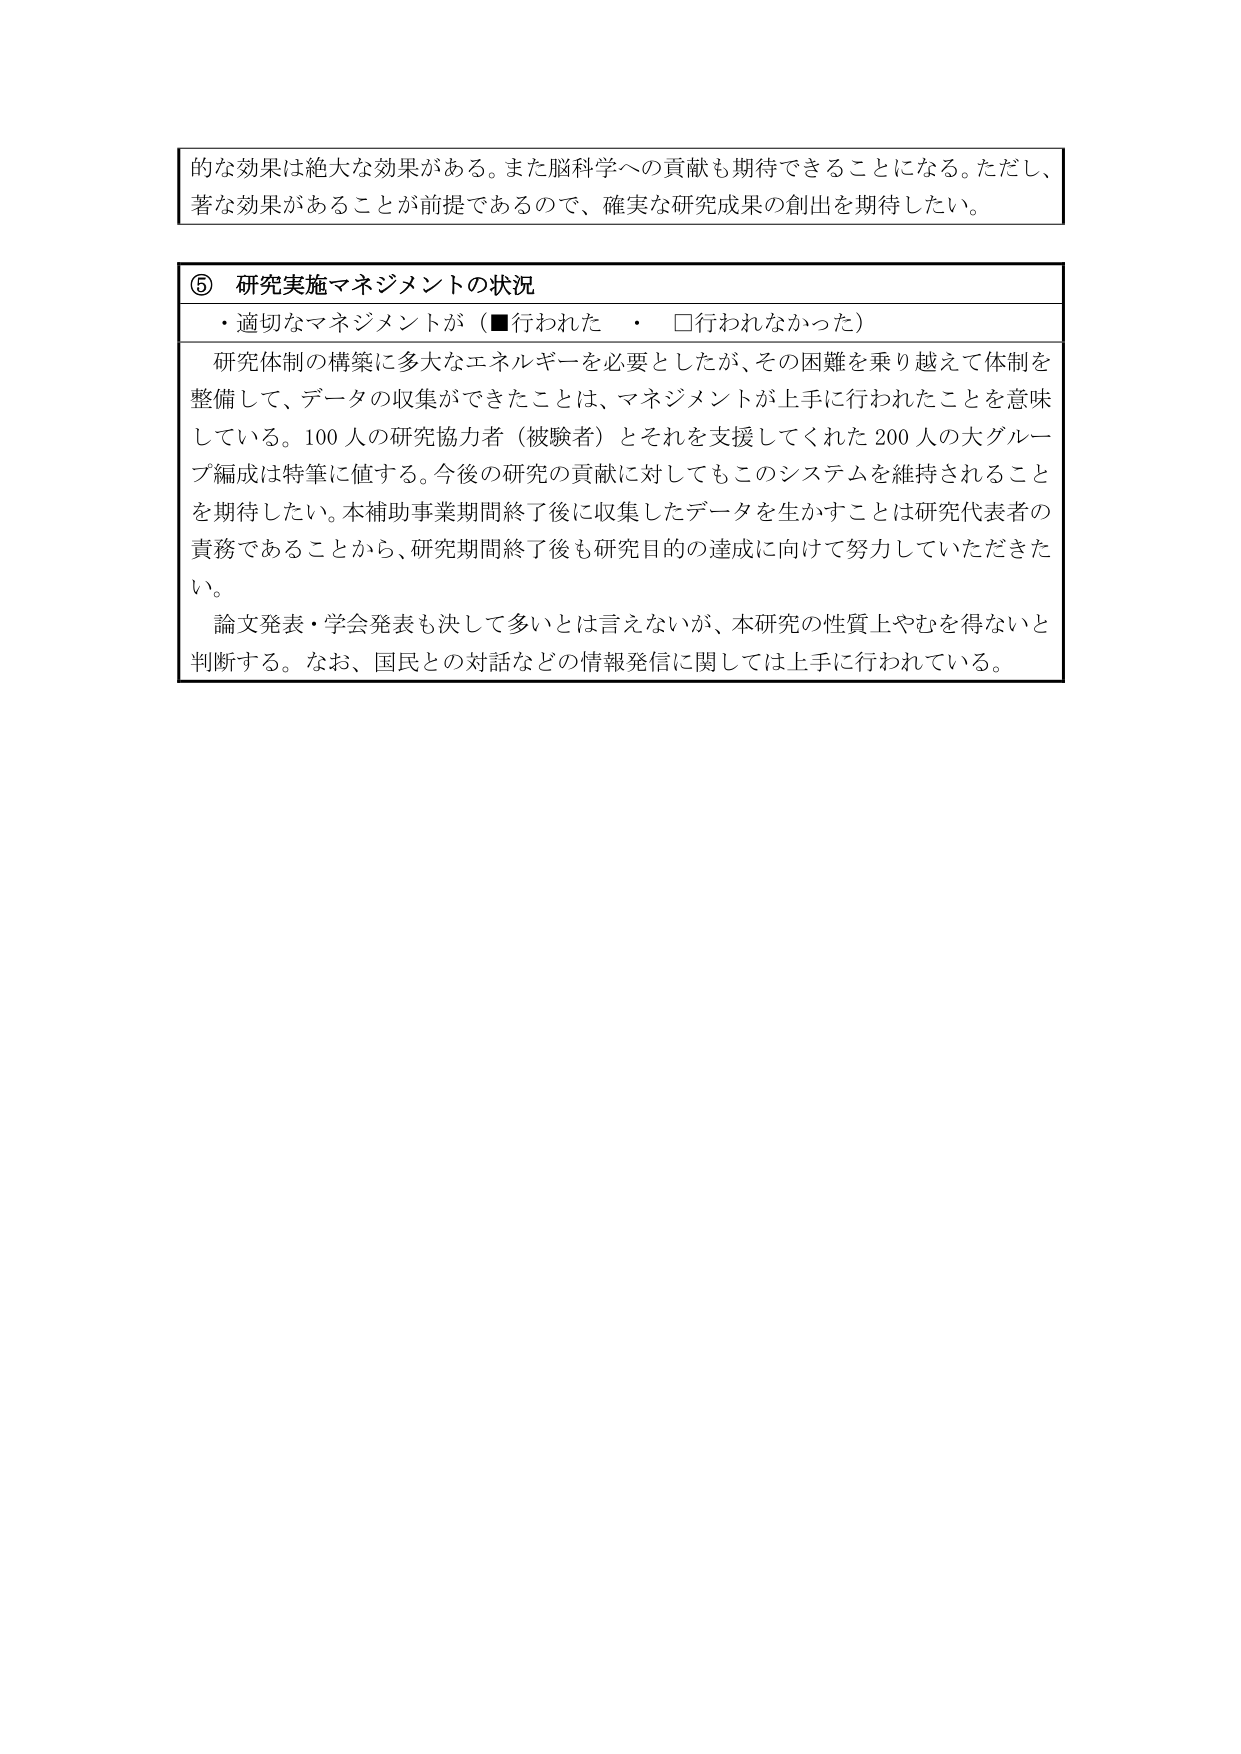
的な効果は絶大な効果がある。また脳科学への貢献も期待できることになる。ただし、
著な効果があることが前提であるので、確実な研究成果の創出を期待したい。

⑤ 研究実施マネジメントの状況
・適切なマネジメントが（■行われた　・　□行われなかった）

研究体制の構築に多大なエネルギーを必要としたが、その困難を乗り越えて体制を
整備して、データの収集ができたことは、マネジメントが上手に行われたことを意味
している。100人の研究協力者（被験者）とそれを支援してくれた200人の大グルー
プ編成は特筆に値する。今後の研究の貢献に対してもこのシステムを維持されること
を期待したい。本補助事業期間終了後に収集したデータを生かすことは研究代表者の
責務であることから、研究期間終了後も研究目的の達成に向けて努力していただきた
い。

論文発表・学会発表も決して多いとは言えないが、本研究の性質上やむを得ないと
判断する。なお、国民との対話などの情報発信に関しては上手に行われている。